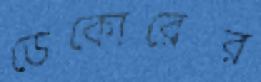
ডেকোরের